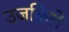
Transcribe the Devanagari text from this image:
उजळिलें